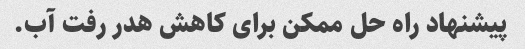
پیشنهاد راه حل ممکن برای کاهش هدر رفت آب.